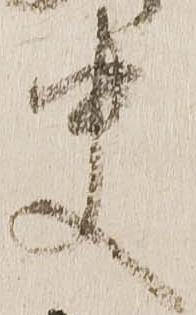
史